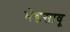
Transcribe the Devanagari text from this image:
भेडसावू